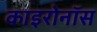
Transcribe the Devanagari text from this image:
काइरोनॉस